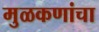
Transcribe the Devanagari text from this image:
मुळकणांचा